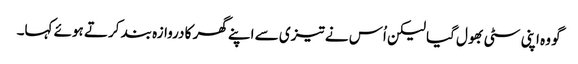
گو وہ اپنی سٹی بھول گیا لیکن اُس نے تیزی سے اپنے گھر کا دروازہ بند کرتے ہوئے کہا۔